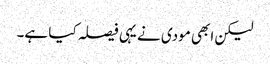
لیکن ابھی مودی نے یہی فیصلہ کیا ہے۔